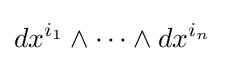
dx^{i_{1}}\wedge \cdots \wedge dx^{i_{n}}